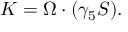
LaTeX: K = \Omega \cdot ( \gamma _ { 5 } S ) .